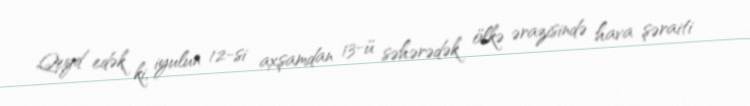
Qeyd edək ki, iyulun 12-si axşamdan 13-ü səhərədək ölkə ərazisində hava şəraiti